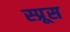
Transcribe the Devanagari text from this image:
स्‍प्रूस